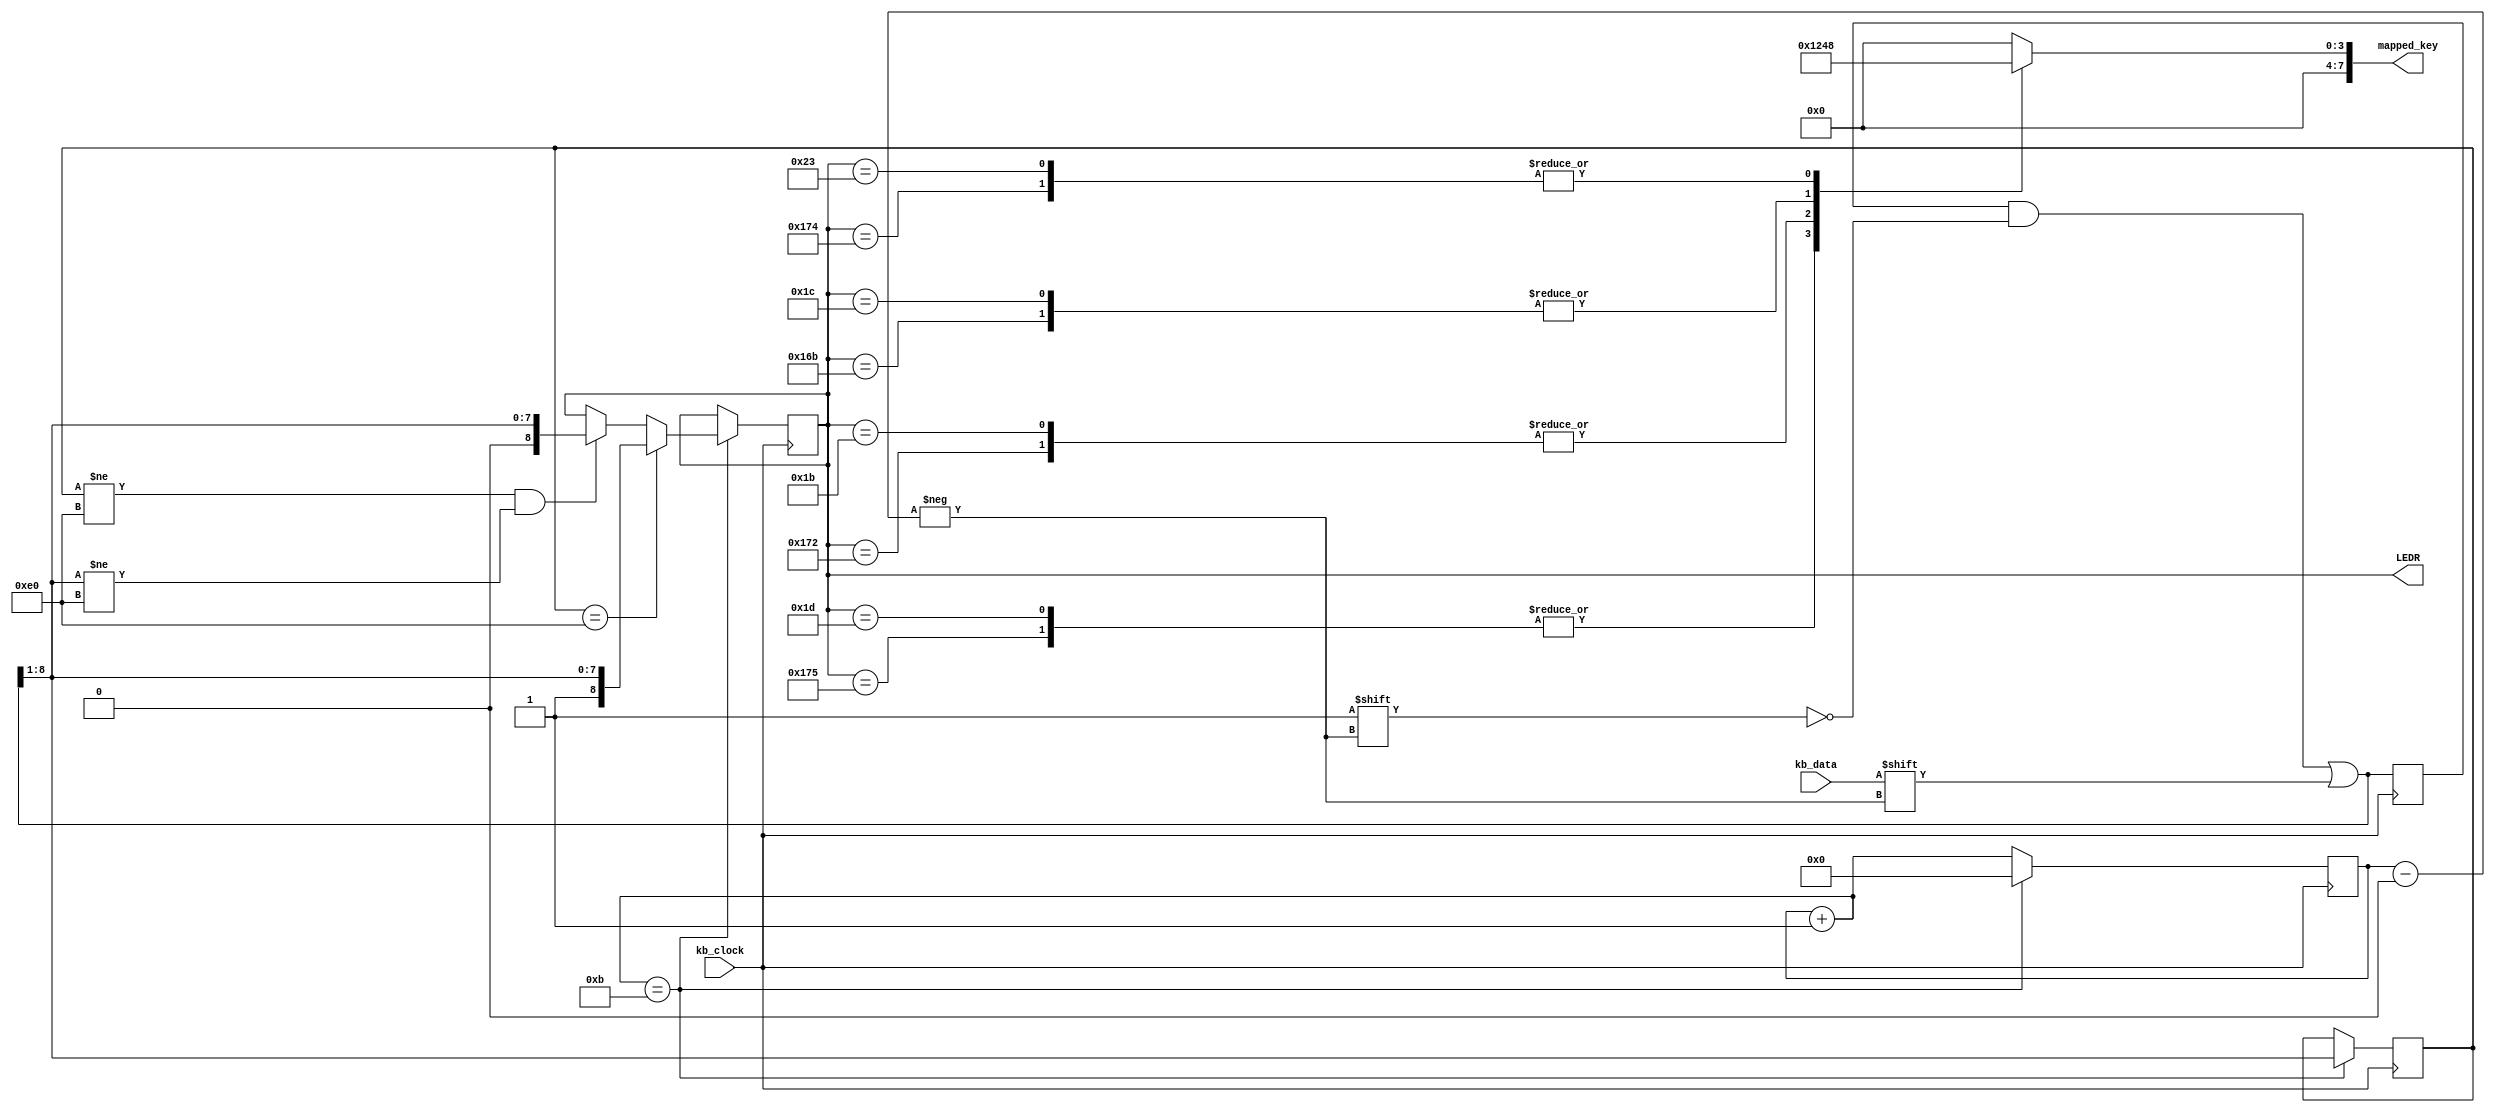
/* 
    Keyboard INPUT
     PS/2 Clock -> PS2_KBCLK
     PS/2 Data -> PS2_KBDAT

    Keyboard OUTPUT (bit mapping)
     UP -> 8'b0001
     DOWN -> 8'b0010
     LEFT -> 8'b0100
     RIGHT -> 8'b1000
*/

module keyboard(mapped_key, kb_clock, kb_data, LEDR);
    input kb_clock, kb_data;
    output [7:0] mapped_key;
	 output [8:0] LEDR;

    // Codes
    reg [10:0] make_code;
    reg [8:0] scan_code;
    reg [7:0] prev_scan_code;
    
    // Counter
	 localparam ZERO = 5'd0, KEY_BITS = 5'd11; 
    reg [5:0] counter = ZERO;
    
    localparam ESCAPE = 8'hE0;

    always@(negedge kb_clock)
    begin: input_detection
        make_code[counter] = kb_data;
        counter = counter + 1'd1;
        if (counter == KEY_BITS)
            begin
                if (prev_scan_code == ESCAPE)
						begin
                    scan_code <= {1'b1, make_code[8:1]}; // Exclude start, stop, and parity bits
						  prev_scan_code <= make_code[8:1];
						end
                else if (prev_scan_code != ESCAPE && make_code[8:1] != ESCAPE)
						begin
                    scan_code <= {1'b0, make_code[8:1]};
						  prev_scan_code <= make_code[8:1];
						end
                else
                    prev_scan_code <= make_code[8:1];
                counter = ZERO;
            end
    end
	 
	 assign LEDR[8:0] = scan_code;

    // 'data' input maps to specific scan codes (source: https://techdocs.altium.com/display/FPGA/PS2+Keyboard+Scan+Codes)
    // UP -> E075
    // DOWN -> E072
    // LEFT -> E06B
    // RIGHT -> E074
    // W -> 1D
    // A -> 1Cprev_scan_code = 
    // S -> 1B
    // D -> 23

    localparam KEY_UP = {1'b1, 8'h75},
            KEY_DOWN = {1'b1, 8'h72},
            KEY_LEFT = {1'b1, 8'h6B},
            KEY_RIGHT = {1'b1, 8'h74},
            KEY_W = {1'b0, 8'h1D},
            KEY_A = {1'b0, 8'h1C},
            KEY_S = {1'b0, 8'h1B},
            KEY_D = {1'b0, 8'h23};

    localparam OUT_UP = 8'b0001,
            OUT_DOWN = 8'b0010,
            OUT_LEFT = 8'b0100,
            OUT_RIGHT = 8'b1000,
            OUT_NONE = 8'h0;

	 reg [7:0] mapped_key;
    always@(*)
    begin
		  mapped_key = OUT_NONE;
        case(scan_code)
            KEY_UP: mapped_key = OUT_UP;
            KEY_W: mapped_key = OUT_UP;
            KEY_DOWN: mapped_key = OUT_DOWN;
            KEY_S: mapped_key = OUT_DOWN;
            KEY_LEFT: mapped_key = OUT_LEFT;
            KEY_A: mapped_key = OUT_LEFT;
            KEY_RIGHT: mapped_key = OUT_RIGHT;
            KEY_D: mapped_key = OUT_RIGHT;
            default: mapped_key = mapped_key;
        endcase
    end
endmodule